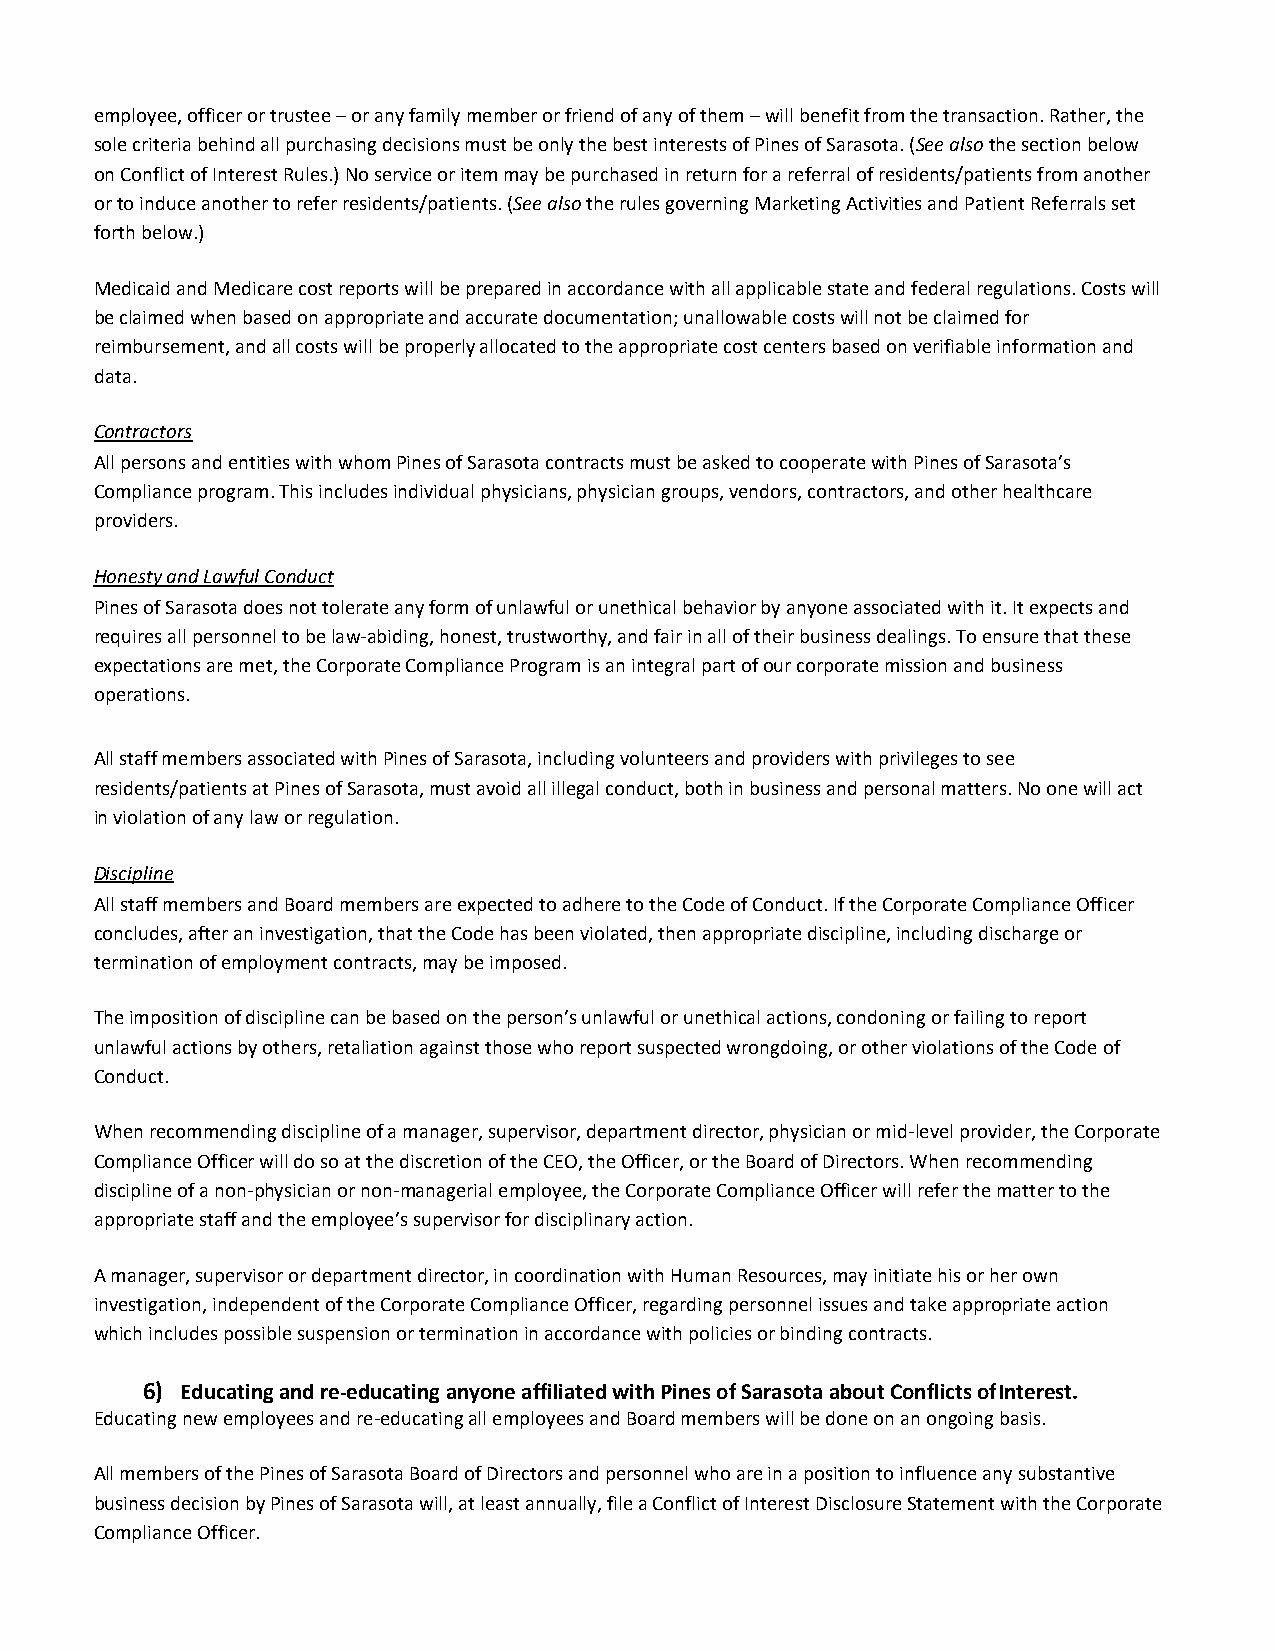
employee, officer or trustee – or any family member or friend of any of them – will benefit from the transaction. Rather, the
 sole criteria behind all purchasing decisions must be only the best interests of Pines of Sarasota. (See also the section below
 on Conflict of Interest Rules.) No service or item may be purchased in return for a referral of residents/patients from another
 or to induce another to refer residents/patients. (See also the rules governing Marketing Activities and Patient Referrals set
 forth below.)
 Medicaid and Medicare cost reports will be prepared in accordance with all applicable state and federal regulations. Costs will
 be claimed when based on appropriate and accurate documentation; unallowable costs will not be claimed for
 reimbursement, and all costs will be properly allocated to the appropriate cost centers based on verifiable information and
 data.
 Contractors
 All persons and entities with whom Pines of Sarasota contracts must be asked to cooperate with Pines of Sarasota’s
 Compliance program. This includes individual physicians, physician groups, vendors, contractors, and other healthcare
 providers.
 Honesty and Lawful Conduct
 Pines of Sarasota does not tolerate any form of unlawful or unethical behavior by anyone associated with it. It expects and
 requires all personnel to be law-abiding, honest, trustworthy, and fair in all of their business dealings. To ensure that these
 expectations are met, the Corporate Compliance Program is an integral part of our corporate mission and business
 operations.
 All staff members associated with Pines of Sarasota, including volunteers and providers with privileges to see
 residents/patients at Pines of Sarasota, must avoid all illegal conduct, both in business and personal matters. No one will act
 in violation of any law or regulation.
 Discipline
 All staff members and Board members are expected to adhere to the Code of Conduct. If the Corporate Compliance Officer
 concludes, after an investigation, that the Code has been violated, then appropriate discipline, including discharge or
 termination of employment contracts, may be imposed.
 The imposition of discipline can be based on the person’s unlawful or unethical actions, condoning or failing to report
 unlawful actions by others, retaliation against those who report suspected wrongdoing, or other violations of the Code of
 Conduct.
 When recommending discipline of a manager, supervisor, department director, physician or mid-level provider, the Corporate
 Compliance Officer will do so at the discretion of the CEO, the Officer, or the Board of Directors. When recommending
 discipline of a non-physician or non-managerial employee, the Corporate Compliance Officer will refer the matter to the
 appropriate staff and the employee’s supervisor for disciplinary action.
 A manager, supervisor or department director, in coordination with Human Resources, may initiate his or her own
 investigation, independent of the Corporate Compliance Officer, regarding personnel issues and take appropriate action
 which includes possible suspension or termination in accordance with policies or binding contracts.
 6) Educating and re-educating anyone affiliated with Pines of Sarasota about Conflicts of Interest.
 Educating new employees and re-educating all employees and Board members will be done on an ongoing basis.
 All members of the Pines of Sarasota Board of Directors and personnel who are in a position to influence any substantive
 business decision by Pines of Sarasota will, at least annually, file a Conflict of Interest Disclosure Statement with the Corporate
 Compliance Officer.